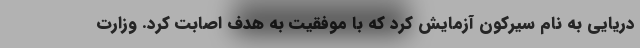
دریایی به نام سیرکون آزمایش کرد که با موفقیت به هدف اصابت کرد. وزارت